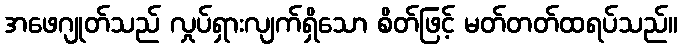
အဖေဂျုတ်သည် လှုပ်ရှားလျက်ရှိသော စိတ်ဖြင့် မတ်တတ်ထရပ်သည်။